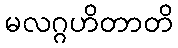
မလဂ္ဂဟိတာတိ